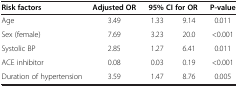
<table><thead><tr><td><b>Risk factors</b></td><td><b>Adjusted OR</b></td><td colspan="2"><b>95% CI for OR</b></td><td><b>P-value</b></td></tr></thead><tbody><tr><td>Age</td><td>3.49</td><td>1.33</td><td>9.14</td><td>0.011</td></tr><tr><td>Sex (female)</td><td>7.69</td><td>3.23</td><td>20.0</td><td>&lt;0.001</td></tr><tr><td>Systolic BP</td><td>2.85</td><td>1.27</td><td>6.41</td><td>0.011</td></tr><tr><td>ACE inhibitor</td><td>0.08</td><td>0.03</td><td>0.19</td><td>&lt;0.001</td></tr><tr><td>Duration of hypertension</td><td>3.59</td><td>1.47</td><td>8.76</td><td>0.005</td></tr></tbody></table>